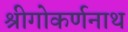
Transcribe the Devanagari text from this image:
श्रीगोकर्णनाथ